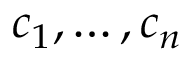
c _ { 1 } , \ldots , c _ { n }